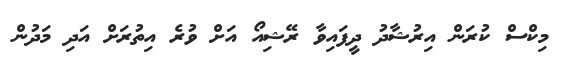
މިކްސް ކުރަން އިރުޝާދު ދީފައިވާ ރޭޝިއޯ އަށް ވުރެ އިތުރަށް އަދި މަދުން